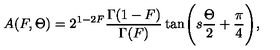
A ( F , \Theta ) = 2 ^ { 1 - 2 F } \frac { \Gamma ( 1 - F ) } { \Gamma ( F ) } \tan \Biggl ( s \frac { \Theta } { 2 } + \frac { \pi } { 4 } \Biggr ) ,